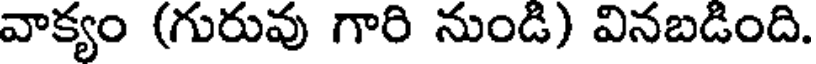
వాక్యం (గురువు గారి నుండి) వినబడింది.